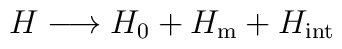
H \longrightarrow 		H_0 + H_{\mathrm{m}} + H_{\mathrm{int}}